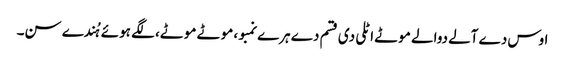
اوس دے آلے دوالے موٹے اٹلی دی قسم دے ہرے نمبو، موٹے موٹے، لگے ہوئے ہُندے سن۔